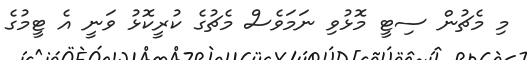
މި މެޗުން ސިޓީ މޮޅުވި ނަމަވެސް މެޗުގެ ކުރީކޮޅު ވަނީ އެ ޓީމުގެ